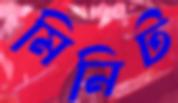
মিনিট